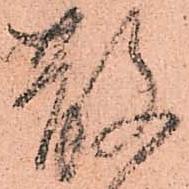
散